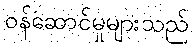
ဝန်ဆောင်မှုများသည်